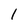
Character: 1